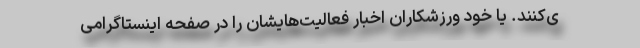
ی‌کنند. یا خود ورزشکاران اخبار فعالیت‌هایشان را در صفحه اینستاگرامی